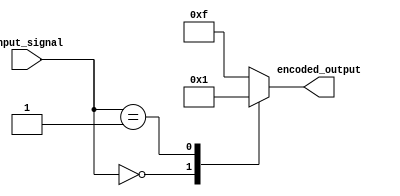
module Encoder(
    input [7:0] input_signal,
    output reg [3:0] encoded_output
);

always @(*) begin
    case(input_signal)
        8'h00: encoded_output = 4'b0000; // Encoding logic for input signal 0
        8'h01: encoded_output = 4'b0001; // Encoding logic for input signal 1
        // Add more cases for different input signals and their corresponding encoding
        default: encoded_output = 4'b1111; // Default encoding
    endcase
end

endmodule